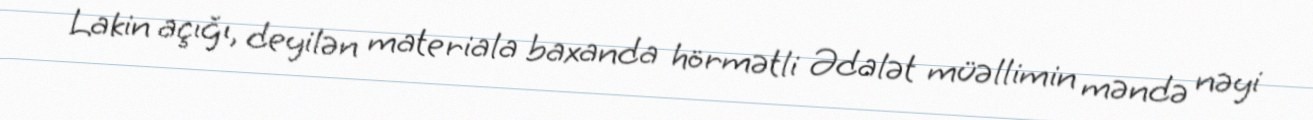
Lakin açığı, deyilən materiala baxanda hörmətli Ədalət müəllimin məndə nəyi